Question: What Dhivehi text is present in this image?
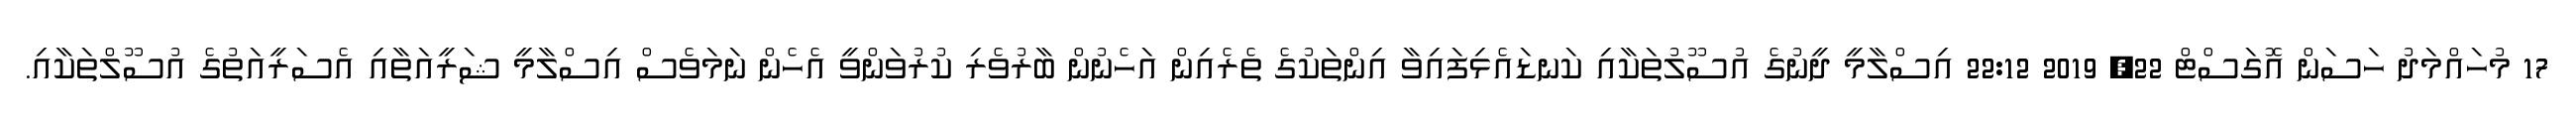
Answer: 17 މުހައްމަދު ހަސަން އޮގަސްޓް 22, 2019 22:12 އިސްލާމީ ދީނުގެ އުސޫލުތަކާއި ކަނޑައެޅިފައިވާ އިންތަކުގެ ތެރެއިން އަހެނުން ބާރުވެރި ކުރުވަންވީ އެހެން ނަމަވެސް އިސްލާމީ ޝަރީއަތާއި އެސަރީއަތުގެ އުސޫލްތަކާއި.